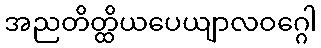
အညတိတ္ထိယပေယျာလဝဂ္ဂေါ